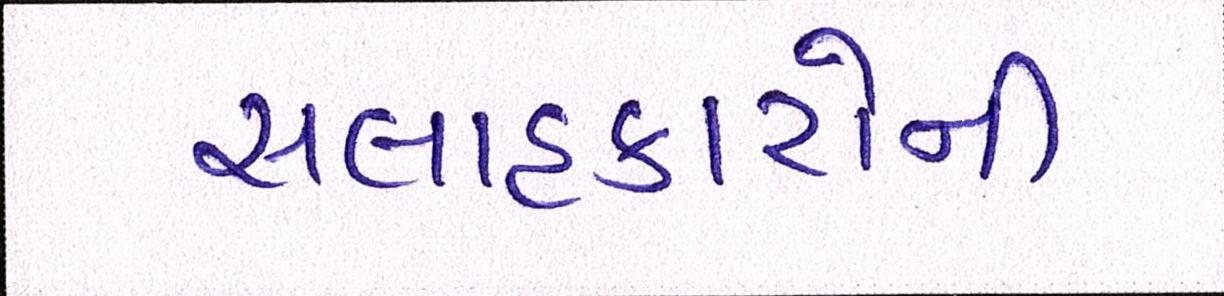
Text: સલાહકારોની